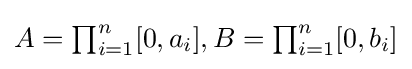
{\textstyle A=\prod _{i=1}^{n}[0,a_{i}],B=\prod _{i=1}^{n}[0,b_{i}]}